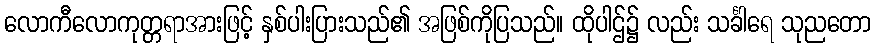
လောကီလောကုတ္တရာအားဖြင့် နှစ်ပါးပြားသည်၏ အဖြစ်ကိုပြသည်။ ထိုပါဌ်၌ လည်း သင်္ခါရေ သုညတော